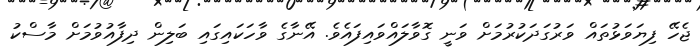
ޖެހޭ ފިޔަވަޅުތައް ވަރުގަދަކުރުމަށް ވަނީ ގޮވާލައްވައިފައެވެ. އޭނާގެ ވާހަކައިގައި ބަލިން ދިފާއުވުމަށް މާސްކު